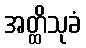
အတ္ထိသုခံ